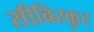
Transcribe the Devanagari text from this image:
सीबिस्कुट